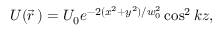
U ( \vec { r } \, ) = U _ { 0 } e ^ { - 2 ( x ^ { 2 } + y ^ { 2 } ) / w _ { 0 } ^ { 2 } } \cos ^ { 2 } k z ,